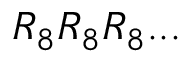
R _ { 8 } R _ { 8 } R _ { 8 } . . .